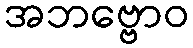
အဘဗ္ဗောဝ